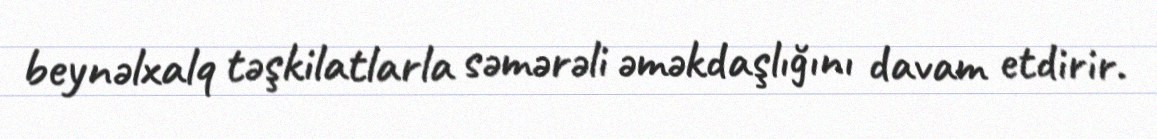
beynəlxalq təşkilatlarla səmərəli əməkdaşlığını davam etdirir.